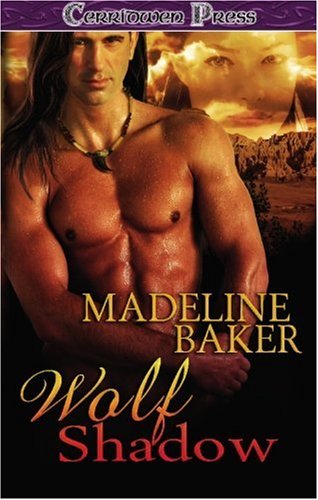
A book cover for Wolf Shadow; Madeline Baker; Literature & Fiction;